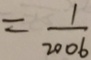
= \frac { 1 } { 2 0 0 6 }